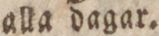
alla dagar.